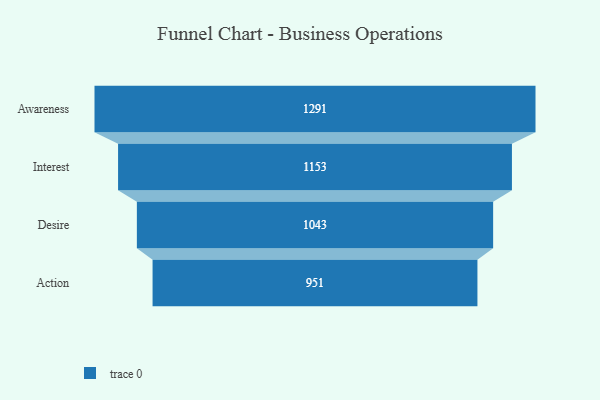
{"axis": {"x": "Stage", "y": "Value"}, "legend": [""], "data": [{"x": "Awareness", "y": 1291.0, "type": ""}, {"x": "Interest", "y": 1153.0, "type": ""}, {"x": "Desire", "y": 1043.0, "type": ""}, {"x": "Action", "y": 951.0, "type": ""}]}